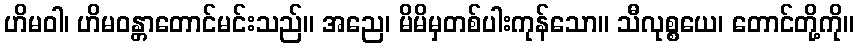
ဟိမဝါ၊ ဟိမဝန္တာတောင်မင်းသည်။ အညေ၊ မိမိမှတစ်ပါးကုန်သော။ သီလုစ္စယေ၊ တောင်တို့ကို။